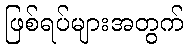
ဖြစ်ရပ်များအတွက်